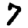
Digit: 7